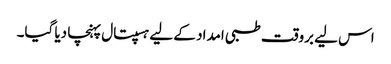
اس لیے بروقت طبی امداد کے لیے ہسپتال پہنچا دیا گیا۔